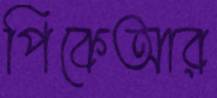
পিকেআর